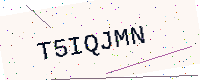
Text: T5IQJMN